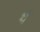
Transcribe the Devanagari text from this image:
र्य